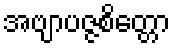
အဗျာပဇ္ဇစိတ္တော